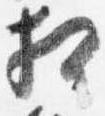
相